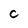
Character: c